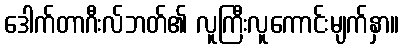
ဒေါက်တာဂီးလ်ဘတ်၏ လူကြီးလူကောင်းမျက်နှာ။